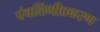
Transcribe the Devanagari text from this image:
पंचलिंगीप्रकरण